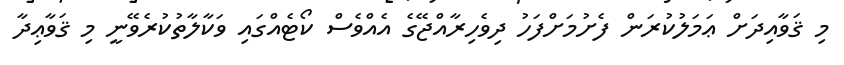
މި ޤަވާއިދަށް ޢަމަލުކުރަން ފެށުމަށްފަހު ދިވެހިރާއްޖޭގެ އެއްވެސް ކޯޓެއްގައި ވަކާލާތުކުރެވޭނީ މި ޤަވާޢިދާ